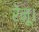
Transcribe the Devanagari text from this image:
रेनू।